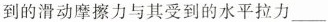
到的滑动摩擦力与其受到的水平拉力___